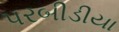
પરબીડીયા